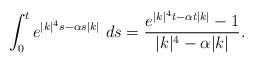
LaTeX: \begin{align*}\int_{0}^{t}e^{|k|^{4}s-\alpha s|k|}\ ds=\frac{e^{|k|^{4}t-\alpha t |k|}-1}{|k|^{4}-\alpha|k|}.\end{align*}